65_HS1-834228961_62-HQ-83894_Section_9
Agency: FBI
Page 274
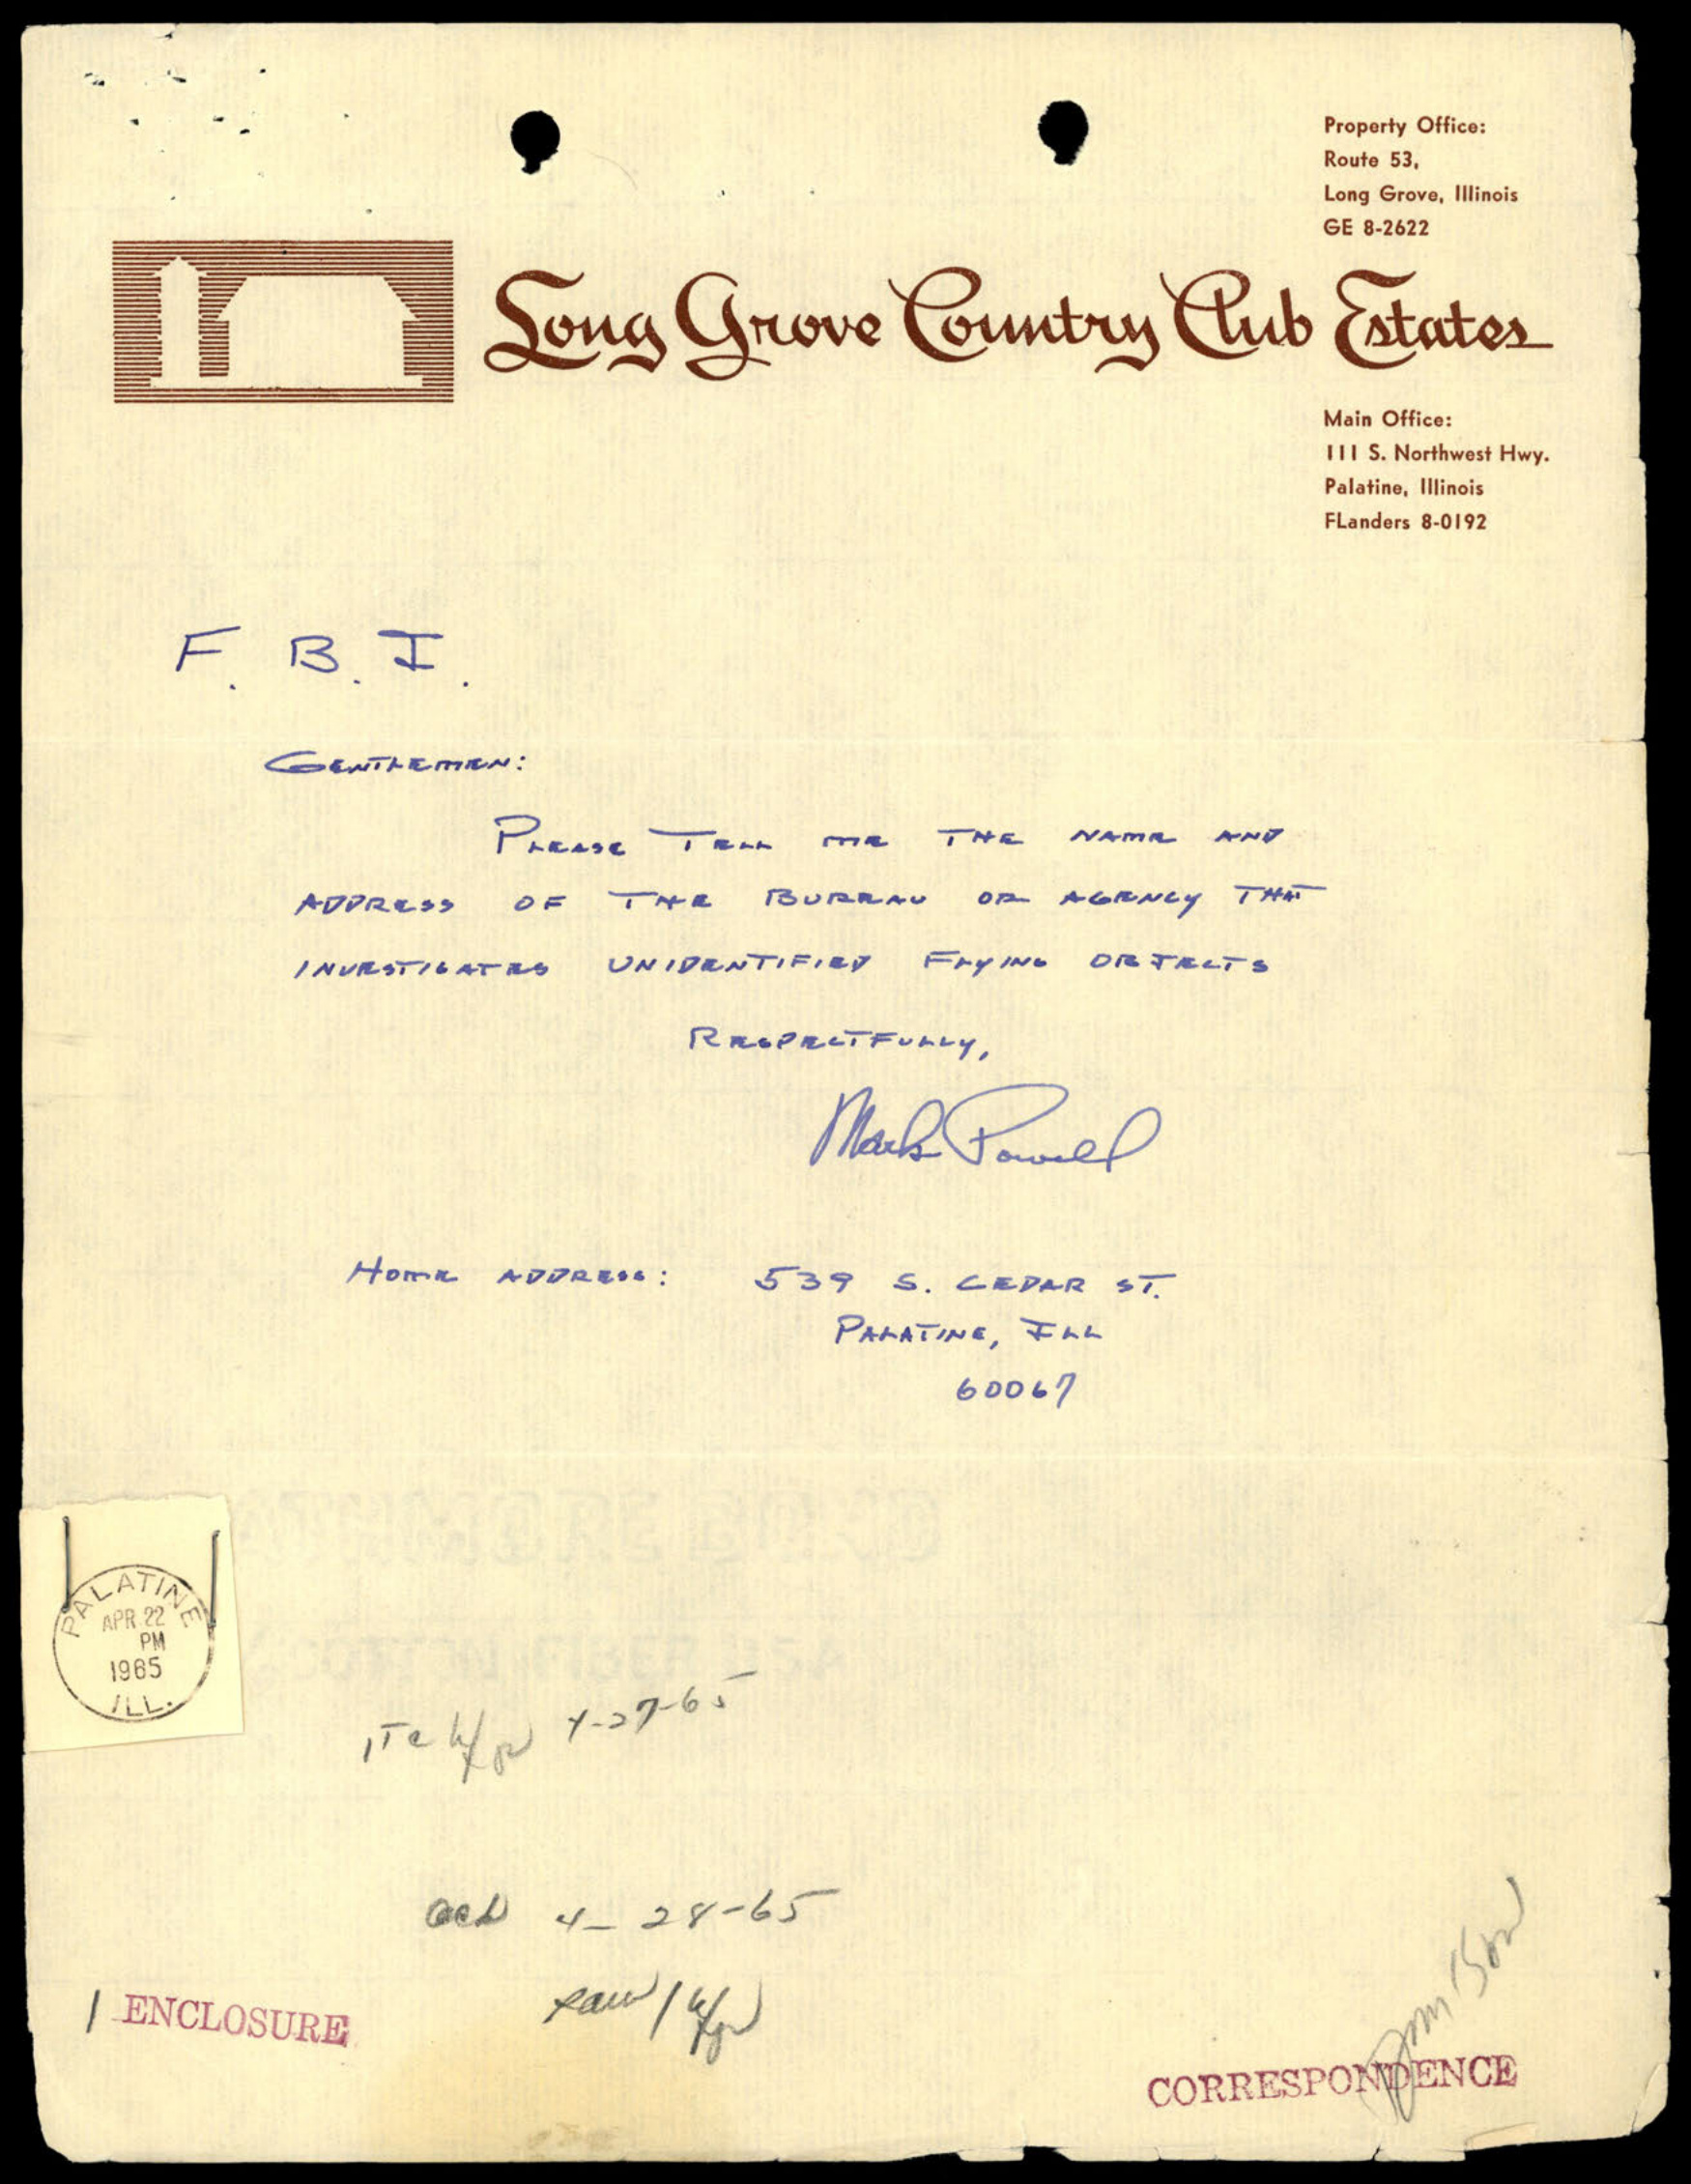